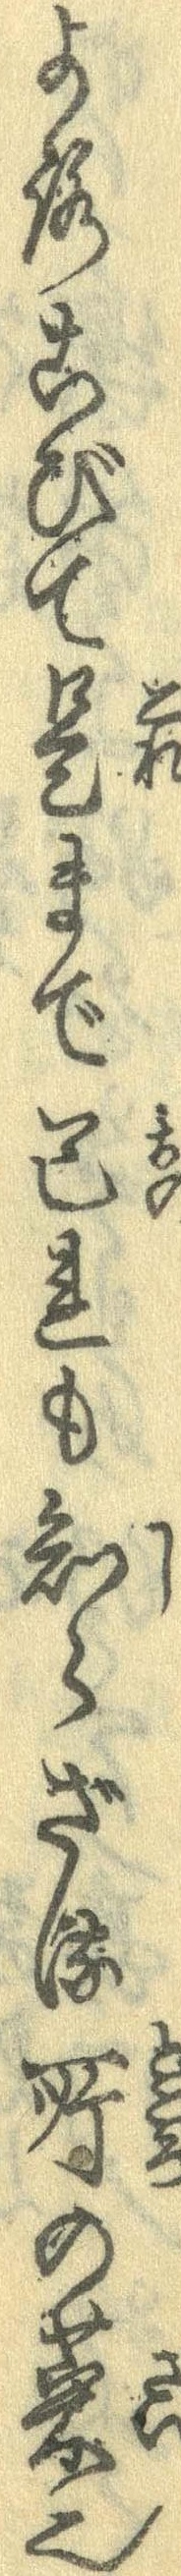
よろこびて是まで己れも知らざる所の菜也